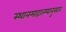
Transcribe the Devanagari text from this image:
स्थानमाहात्म्यानुसार